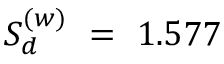
{ \cal S } _ { d } ^ { ( w ) } ~ = ~ 1 . 5 7 7